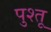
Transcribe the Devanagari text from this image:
पुश्‍तू